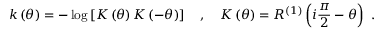
k \left( \theta \right) = - \log \left[ K \left( \theta \right) K \left( - \theta \right) \right] \quad , \quad K \left( \theta \right) = R ^ { ( 1 ) } \left( i \frac { \pi } { 2 } - \theta \right) \ .